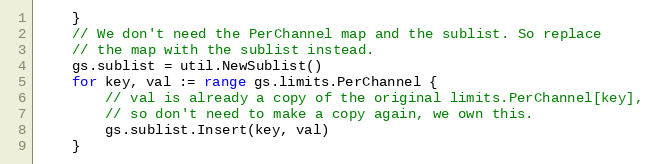
Language: Go
	}
	// We don't need the PerChannel map and the sublist. So replace
	// the map with the sublist instead.
	gs.sublist = util.NewSublist()
	for key, val := range gs.limits.PerChannel {
		// val is already a copy of the original limits.PerChannel[key],
		// so don't need to make a copy again, we own this.
		gs.sublist.Insert(key, val)
	}